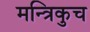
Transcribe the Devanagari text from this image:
मन्त्रिकुच